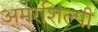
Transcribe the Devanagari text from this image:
अमरशिल्पी